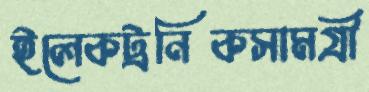
ইলেকট্রনিকসামগ্রী